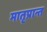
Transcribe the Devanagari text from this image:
मातृप्रान्त